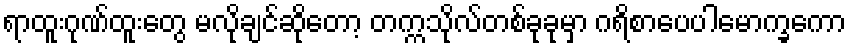
ရာထူးဂုဏ်ထူးတွေ မလိုချင်ဆိုတော့ တက္ကသိုလ်တစ်ခုခုမှာ ဂရိစာပေပါမောက္ခကော